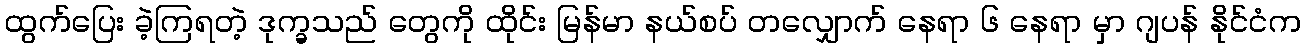
ထွက်ပြေး ခဲ့ကြရတဲ့ ဒုက္ခသည် တွေကို ထိုင်း မြန်မာ နယ်စပ် တလျှောက် နေရာ ၆ နေရာ မှာ ဂျပန် နိုင်ငံက